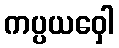
ကပ္ပယဝှေါ